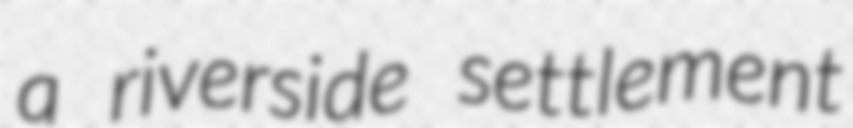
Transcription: a riverside settlement